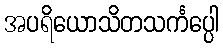
အပရိယောသိတသင်္ကပ္ပေါ